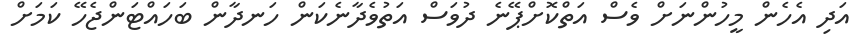
އަދި އެހެން މީހުންނަށް ވެސް އަތްކޮށްޕޭނެ ދުވަސް އަތުވެދާނެކަން ހަނދާން ބަހައްޓަންޖެހޭ ކަމަށް